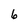
Character: 6